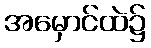
အမှောင်ထဲ၌